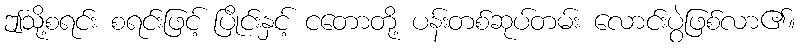
ဤသို့စရင်း စရင်းဖြင့် ပြိုင်းနှင့် ငတောတို့ ပန်းတစ်ဆုပ်တမ်း လောင်းပွဲဖြစ်လာ၏။